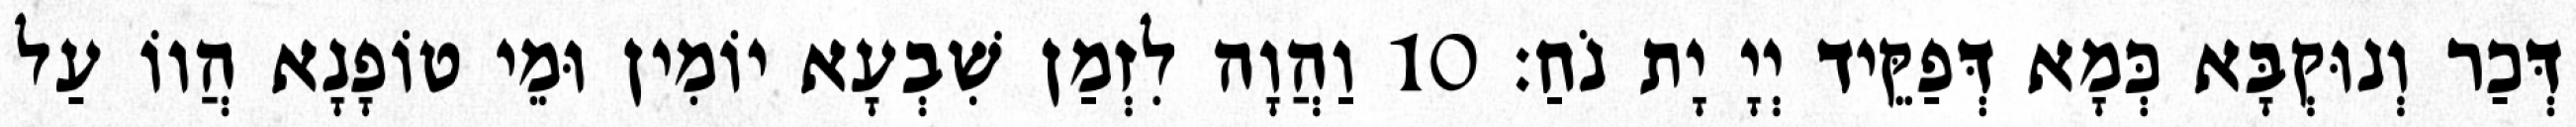
דְּכַר וְנוּקְבָּא כְּמָא דְּפַקֵּיד יְיָ יָת נֹחַ׃ 10 וַהֲוָה לִזְמַן שִׁבְעָא יוֹמִין וּמֵי טוֹפָנָא הֲווֹ עַל